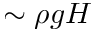
\sim \rho g H